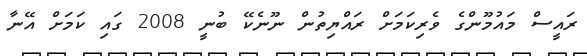
ރައީސް މައުމޫންގެ ވެރިކަމަށް ރައްޔިތުން ނޫނެކޭ ބުނީ 2008 ގައި ކަމަށް އޭނާ